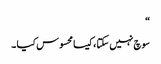
“
سوچ نہیں سکتا ، کیسا محسوس کیا ۔